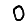
Digit: 0